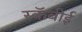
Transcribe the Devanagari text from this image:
स्कॅबीई